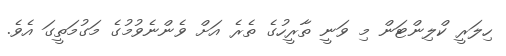
ހިލަރީ ކްލިންޓަން މި ވަނީ ތާރީހުގެ ތެރެ އަށް ވެންނެވުމުގެ މަގުމަތީގަ އެވެ.